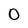
Character: 0